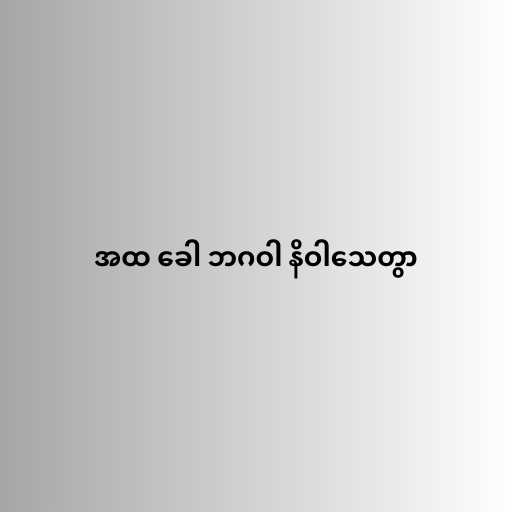
အထ ခေါ ဘဂဝါ နိဝါသေတွာ